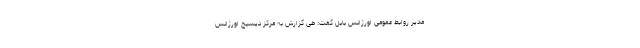
مدیر روابط عمومی اورژانس بابل گفت: طی گزارش به مرکز دیسپچ اورژانس